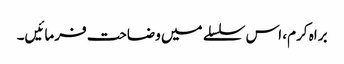
براہ کرم، اس سلسلے میں وضاحت فرمائیں۔